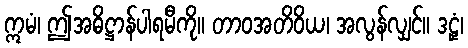
ဣမံ၊ ဤအဓိဋ္ဌာန်ပါရမီကို။ တာဝအတိဝိယ၊ အလွန်လျှင်။ ဒဠှံ၊